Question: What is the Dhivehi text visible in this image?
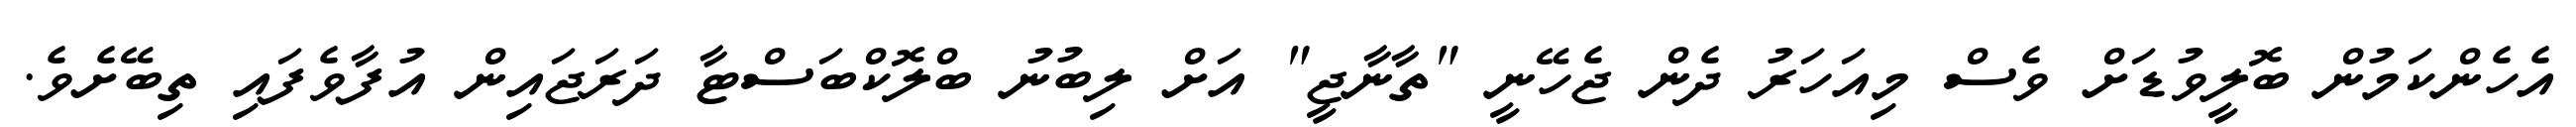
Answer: އެހެންކަމުން ބޮލީވުޑަށް ވެސް މިއަހަރު ދެން ޖެހޭނީ "ތާނާޖީ" އަށް ލިބުނު ބްލޮކްބަސްޓާ ދަރަޖައިން އުފާވެފައި ތިބޭށެވެ.